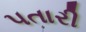
પતારી